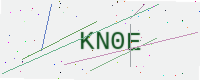
Text: KN0E